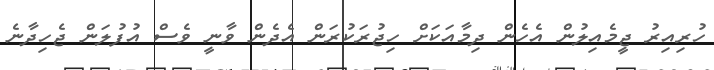
ހުރިއިރު ޖީމެއިލުން އެހެން ދިމާއަކަށް ހިޖުރަކުރަން އެދެން ވާނީ ވެސް އުފުލަން ޖެހިދާނެ